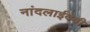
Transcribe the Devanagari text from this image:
नांदलाईदेवी